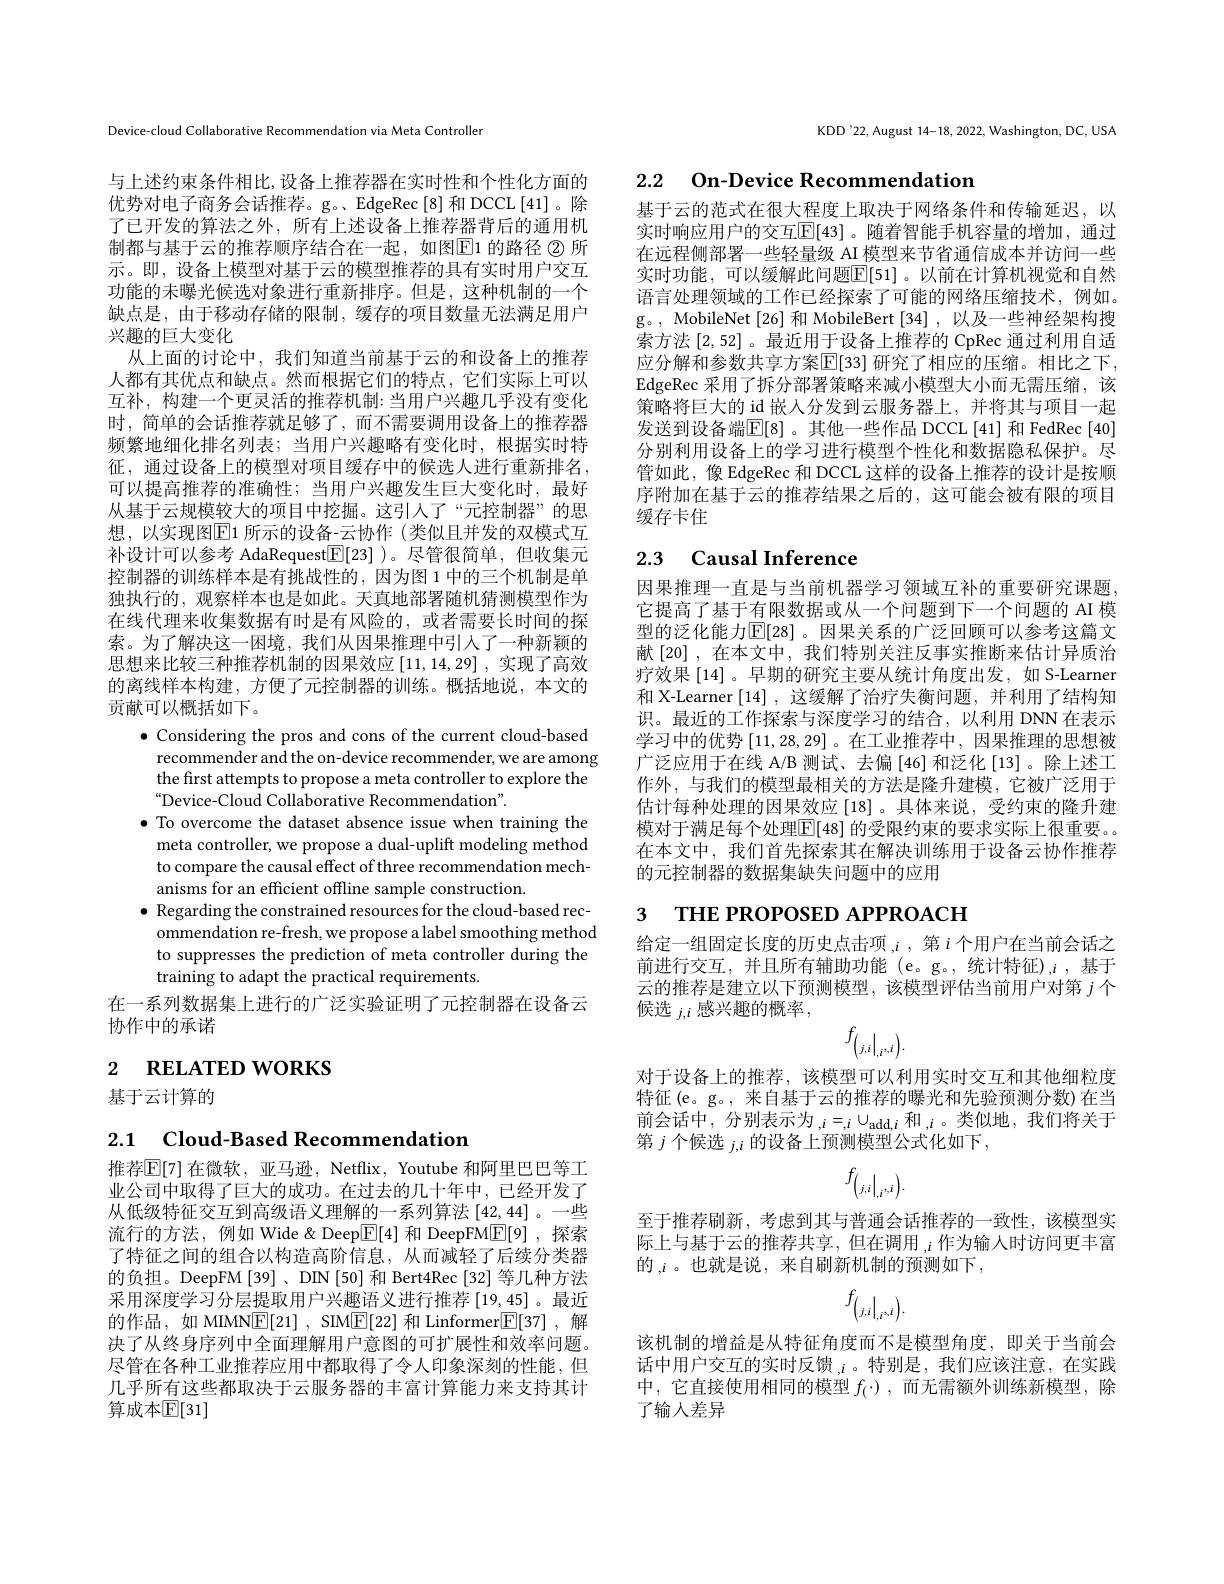
Device-cloud Collaborative Recommendation via Meta Controller

与上述约束条件相比，设备上推荐器在实时性和个性化方面的优势对电子商务会话推荐。g。、EdgeRec[8] 和 DCCL[41]。除了已开发的算法之外，所有上述设备上推荐器背后的通用机制都与基于云的推荐顺序结合在一起，如图$\boxed{\mathrm{E}}$1 的路径 $\textcircled{2}$ 所示。即，设备上模型对基于云的模型推荐的具有实时用户交互功能的未曝光候选对象进行重新排序。但是，这种机制的一个缺点是，由于移动存储的限制，缓存的项目数量无法满足用户兴趣的巨大变化
从上面的讨论中，我们知道当前基于云的和设备上的推荐人都有其优点和缺点。然而根据它们的特点，它们实际上可以互补，构建一个更灵活的推荐机制：当用户兴趣几乎没有变化时，简单的会话推荐就足够了，而不需要调用设备上的推荐器频繁地细化排名列表；当用户兴趣略有变化时，根据实时特征，通过设备上的模型对项目缓存中的候选人进行重新排名， 可以提高推荐的准确性；当用户兴趣发生巨大变化时，最好从基于云规模较大的项目中挖掘。这引人了“元控制器”的思想，以实现图$\overline{\mathbb{E}}$1 所示的设备-云协作 (类似且并发的双模式互补设计可以参考 AdaRequest$\boxed{\mathbb{F}}[23]$ )。尽管很简单，但收集元控制器的训练样本是有挑战性的，因为图 1 中的三个机制是单独执行的，观察样本也是如此。天真地部署随机猜测模型作为***来收集数据有时是有风险的，或者需要长时间的探索。为了解决这一困境，我们从因果推理中引人了一种新颖的思想来比较三种推荐机制的因果效应[11,14,29] ,实现了高效的离线样本构建，方便了元控制器的训练。概括地说，本文的贡献可以概括如下。
$\bullet$ Considering the pros and cons of the current cloud-based
recommender and the on-device recommender, we are among the first attempts to propose a meta controller to explore the “Device-Cloud Collaborative Recommendation".
$\bullet$ To overcome the dataset absence issue when training the
meta controller, we propose a dual-uplift modeling method to compare the causal effect of three recommendation mechanisms for an efficient offline sample construction.
$\bullet$ Regarding the constrained resources for the cloud-based rec-
ommendation re-fresh, we propose a label smoothing method to suppresses the prediction of meta controller during the training to adapt the practical requirements.
在一系列数据集上进行的广泛实验证明了元控制器在设备云
协作中的承诺
2 RELATED WORKS

基于云计算的

2.1 Cloud-Based Recommendation

推荐$\mathbb{E}[7]$ 在微软，亚马逊，Netflix, Youtube 和阿里巴巴等工业公司中取得了巨大的成功。在过去的几十年中，已经开发了从低级特征交互到高级语义理解的一系列算法[42,44] 。一些流行的方法，例如 Wide&Deep$\boxed{\mathrm{E}}[4]$和 DeepFM$\boxed{\mathrm{E}}[9]$,探索了特征之间的组合以构造高阶信息，从而减轻了后续分类器的负担。DeepFM[39]、DN[50] 和 Bert4Rec[32] 等几种方法采用深度学习分层提取用户兴趣语义进行推荐[19,45]。最近的作品，如 MIMN$\underline {\mathrm{E} }[ 21]$ , SIM$\underline{\mathrm{E}}[22]$和 Linformer$\underline {\mathrm{E} }[ 37]$ ,解决了从终身序列中全面理解用户意图的可扩展性和效率问题。尽管在各种工业推荐应用中都取得了令人印象深刻的性能，但几乎所有这些都取决于云服务器的丰富计算能力来支持其计算成本$\mathbb{E}[31]$

KDD'22, August 14-18, 2022, Washington, DC, USA

## 2.2 On- Device Recommendation

基于云的范式在很大程度上取决于网络条件和传输延迟，以实时响应用户的交互$\mathbb{E}[43]$ 。随着智能手机容量的增加，通过在远程侧部署一些轻量级 AI 模型来节省通信成本并访问一些实时功能，可以缓解此问题$\overline{\mathbb{E}}[51]$。以前在计算机视觉和自然语言处理领域的工作已经探索了可能的网络压缩技术，例如。g。, MobileNet[26] 和 MobileBert[34] , 以及一些神经架构搜索方法[2,52] 。最近用于设备上推荐的 CpRec 通过利用自适应分解和参数共享方案$\mathbb{E}[$33] 研究了相应的压缩。相比之下， EdgeRec 采用了拆分部署策略来减小模型大小而无需压缩，该策略将巨大的 id 嵌入分发到云服务器上，并将其与项目一起发送到设备端$\mathbb{E}[8]$。其他一些作品 DCCL[41] 和 FedRec[40] 分别利用设备上的学习进行模型个性化和数据隐私保护。尽管如此，像 EdgeRec 和 DCCL 这样的设备上推荐的设计是按顺序附加在基于云的推荐结果之后的，这可能会被有限的项目缓存卡住

# 2.3 Causal Inference

因果推理一直是与当前机器学习领域互补的重要研究课题它提高了基于有限数据或从一个问题到下一个问题的 AI 模型的泛化能力$\mathbb{E}[28]$。因果关系的广泛回顾可以参考这篇文献[20],在本文中，我们特别关注反事实推断来估计异质治疗效果[14]。早期的研究主要从统计角度出发，如 S-Learner 和 X-Learner [14] ,这缓解了治疗失衡问题，并利用了结构知识。最近的工作探索与深度学习的结合，以利用 DNN 在表示学习中的优势[11,28,29]。在工业推荐中，因果推理的思想被广泛应用于在线 A/B 测试、去偏[46] 和泛化[13]。除上述工作外，与我们的模型最相关的方法是隆升建模，它被广泛用于估计每种处理的因果效应[18] 。具体来说，受约束的隆升建模对于满足每个处理$\boxed{\mathbb{E}}[48]$ 的受限约束的要求实际上很重要。在本文中，我们首先探索其在解决训练用于设备云协作推荐的元控制器的数据集缺失问题中的应用

# 3 ТНЕ РROPOSED АРРЮАСН

给定一组固定长度的历史点击项$,i$,第$i$个用户在当前会话之前进行交互，并且所有辅助功能(e。g。,统计特征),i,基于云的推荐是建立以下预测模型，该模型评估当前用户对第$j$个候选$j,i$感兴趣的概率，
$$f_{\left(j,i\right|_{,i},i}).$$
对于设备上的推荐，该模型可以利用实时交互和其他细粒度特征(e。g。, 来自基于云的推荐的曝光和先验预测分数)在当前会话中，分别表示为$,i=_i\cup_{\mathrm{add},i}$和$,i$。类似地，我们将关于第 $j\text{个候选 }_{j,i}$ 的设备上预测模型公式化如下，
$$f_{\left(j,i\right|_{,i},i}).$$
至于推荐刷新 , 考虑到其与普通会话推荐的一致性，该模型实际上与基于云的推荐共享，但在调用$,i$作为输入时访问更丰富的$,i$ 。也就是说，来自刷新机制的预测如下，
$$f_{\left(j,i\right|_{,i},i}).$$
该机制的增益是从特征角度而不是模型角度，即关于当前会话中用户交互的实时反馈$_{,i}$。特别是，我们应该注意，在实践中，它直接使用相同的模型$f_(\cdot)$,而无需额外训练新模型，除了输人差异